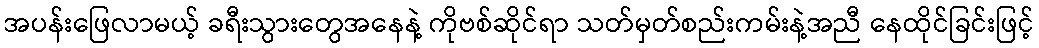
အပန်းဖြေလာမယ့် ခရီးသွားတွေအနေနဲ့ ကိုဗစ်ဆိုင်ရာ သတ်မှတ်စည်းကမ်းနဲ့အညီ နေထိုင်ခြင်းဖြင့်